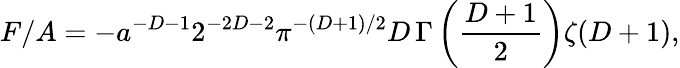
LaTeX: F/A=-a^{-D-1}2^{-2D-2}\pi^{-(D+1)/2}D\, \Gamma\left({\frac{D+1}{2}}\right)\zeta(D+1),